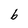
Character: b